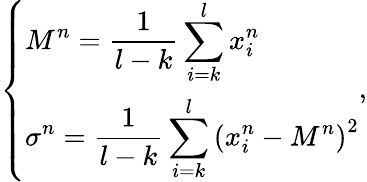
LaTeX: \left\{ \begin{array}{ll}{\displaystyle M^{n}=\frac{1}{l-k}\sum_{i=k}^{l}x_{i}^{n}}\\ {\displaystyle\sigma^{n}=\frac{1}{l-k}\sum_{i=k}^{l}\left(x_{i}^{n}-M^{n}\right)^{2}}\end{array}\right.,